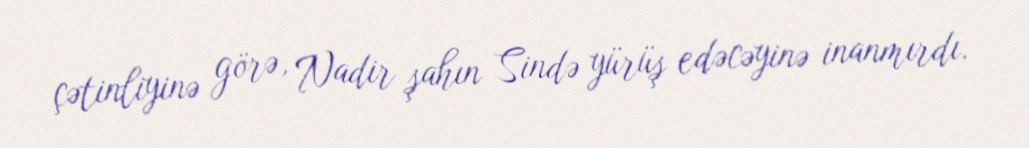
çətinliyinə görə, Nadir şahın Sində yürüş edəcəyinə inanmırdı.